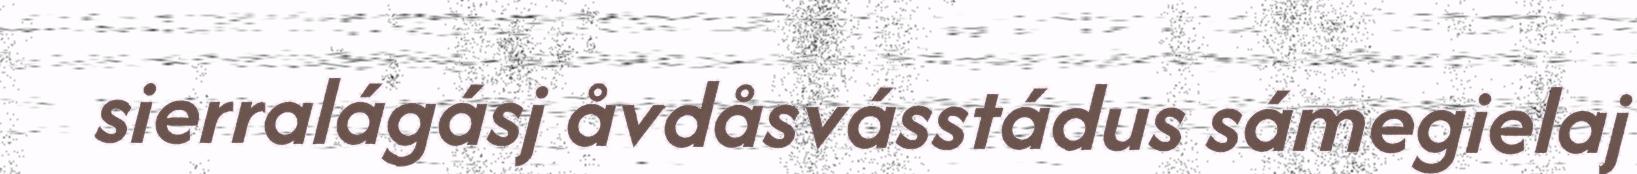
sierralágásj åvdåsvásstádus sámegielaj